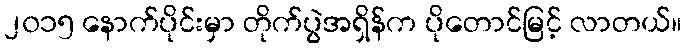
၂၀၁၅ နောက်ပိုင်းမှာ တိုက်ပွဲအရှိန်က ပိုတောင်မြင့် လာတယ်။